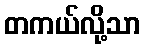
တကယ်လို့သာ